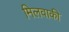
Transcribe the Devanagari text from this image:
मिलवाकी